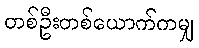
တစ်ဦးတစ်ယောက်ကမျှ